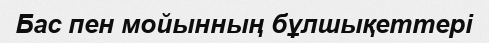
Бас пен мойынның бұлшықеттері